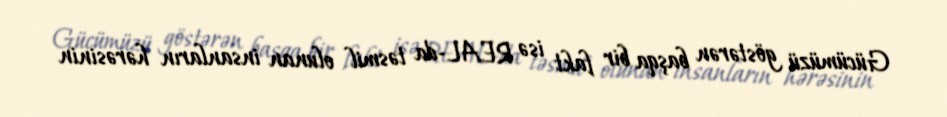
Gücümüzü göstərən başqa bir fakt isə REAL-da təsmil olunan insanların hərəsinin